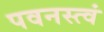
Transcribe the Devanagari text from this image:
पवनस्त्वं